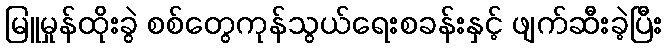
မြူမှုန်ထိုးခွဲ စစ်တွေကုန်သွယ်ရေးစခန်းနှင့် ဖျက်ဆီးခဲ့ပြီး